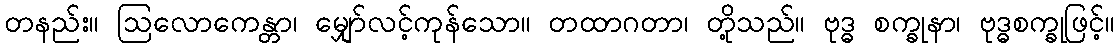
တနည်း။ ဩလောကေန္တာ၊ မျှော်လင့်ကုန်သော။ တထာဂတာ၊ တို့သည်။ ဗုဒ္ဓ စက္ခုနာ၊ ဗုဒ္ဓစက္ခုဖြင့်။